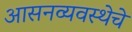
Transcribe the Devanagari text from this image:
आसनव्यवस्थेचे